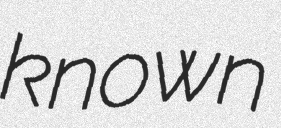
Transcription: known